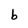
Character: b